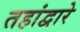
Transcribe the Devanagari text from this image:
तहांद्वारे